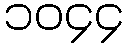
၁၀၄၄